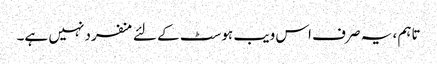
تاہم ، یہ صرف اس ویب ہوسٹ کے لئے منفرد نہیں ہے۔